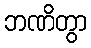
ဘဏိတွာ